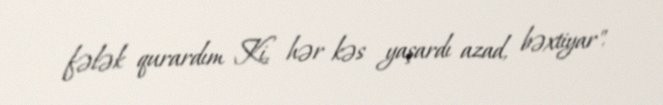
fələk qurardım Ki, hər kəs yaşardı azad, bəxtiyar".